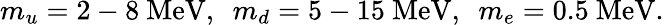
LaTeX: m_{u}=2-8\ \mathrm{MeV},\ \ m_{d}=5-15\ \mathrm{MeV},\ \ m_{e}=0.5\ \mathrm{MeV}.